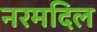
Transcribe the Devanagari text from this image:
नरमदिल